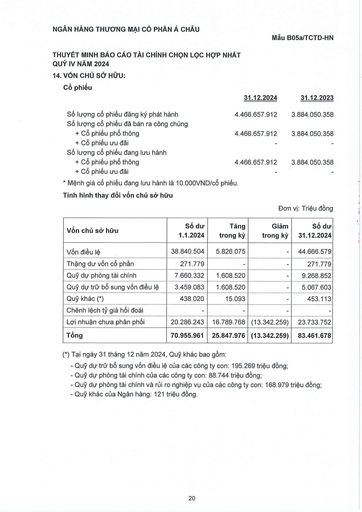
|Cổ phiếu|31.12.2024|31.12.2023| |---|---|---| |Số lượng cổ phiếu đăng ký phát hành|4.466.657.912|3.884.050.358| |Số lượng cổ phiếu đã bán ra công chúng + Cổ phiếu phổ thông|4.466.657.912|3.884.050.358| |+ Cổ phiếu ưu đãi||| |Số lượng cổ phiếu đang lưu hành + Cổ phiếu phổ thông|4.466.657.912|3.884.050.358| |+ Cổ phiếu ưu đãi|-|| |Vốn chủ sở hữu|Số dư 1.1.2024|Tăng trong kỳ|Giảm trong kỳ|Số dư 31.12.2024| |---|---|---|---|---| |Vốn điều lệ|38.840.504|5.826.075|-|44.666.579| |Thặng dư vốn cổ phần|271.779|-|-|271.779| |Quỹ dự phòng tài chính|7.660.332|1.608.520|-|9.268.852| |Quỹ dự trữ bổ sung vốn điều lệ|3.459.083|1.608.520|-|5.067.603| |Quỹ khác (*)|438.020|15.093|-|453.113| |Chênh lệch tỷ giá hối đoái|||-|| |Lợi nhuận chưa phân phối|20.286.243|16.789.768|(13.342.259)|23.733.752| |Tổng|70.955.961|25.847.976|(13.342.259)|83.461.678|